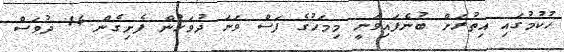
ހުކުމުގައި އިތުރަށް ބުނެފައިވަނީ މިމަހުގެ ފަސް ވަނަ ދުވަހުން ފެށިގެން 14 ދުވަސް